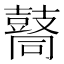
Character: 𪔚